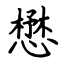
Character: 懋